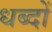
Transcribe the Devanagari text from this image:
धब्दों